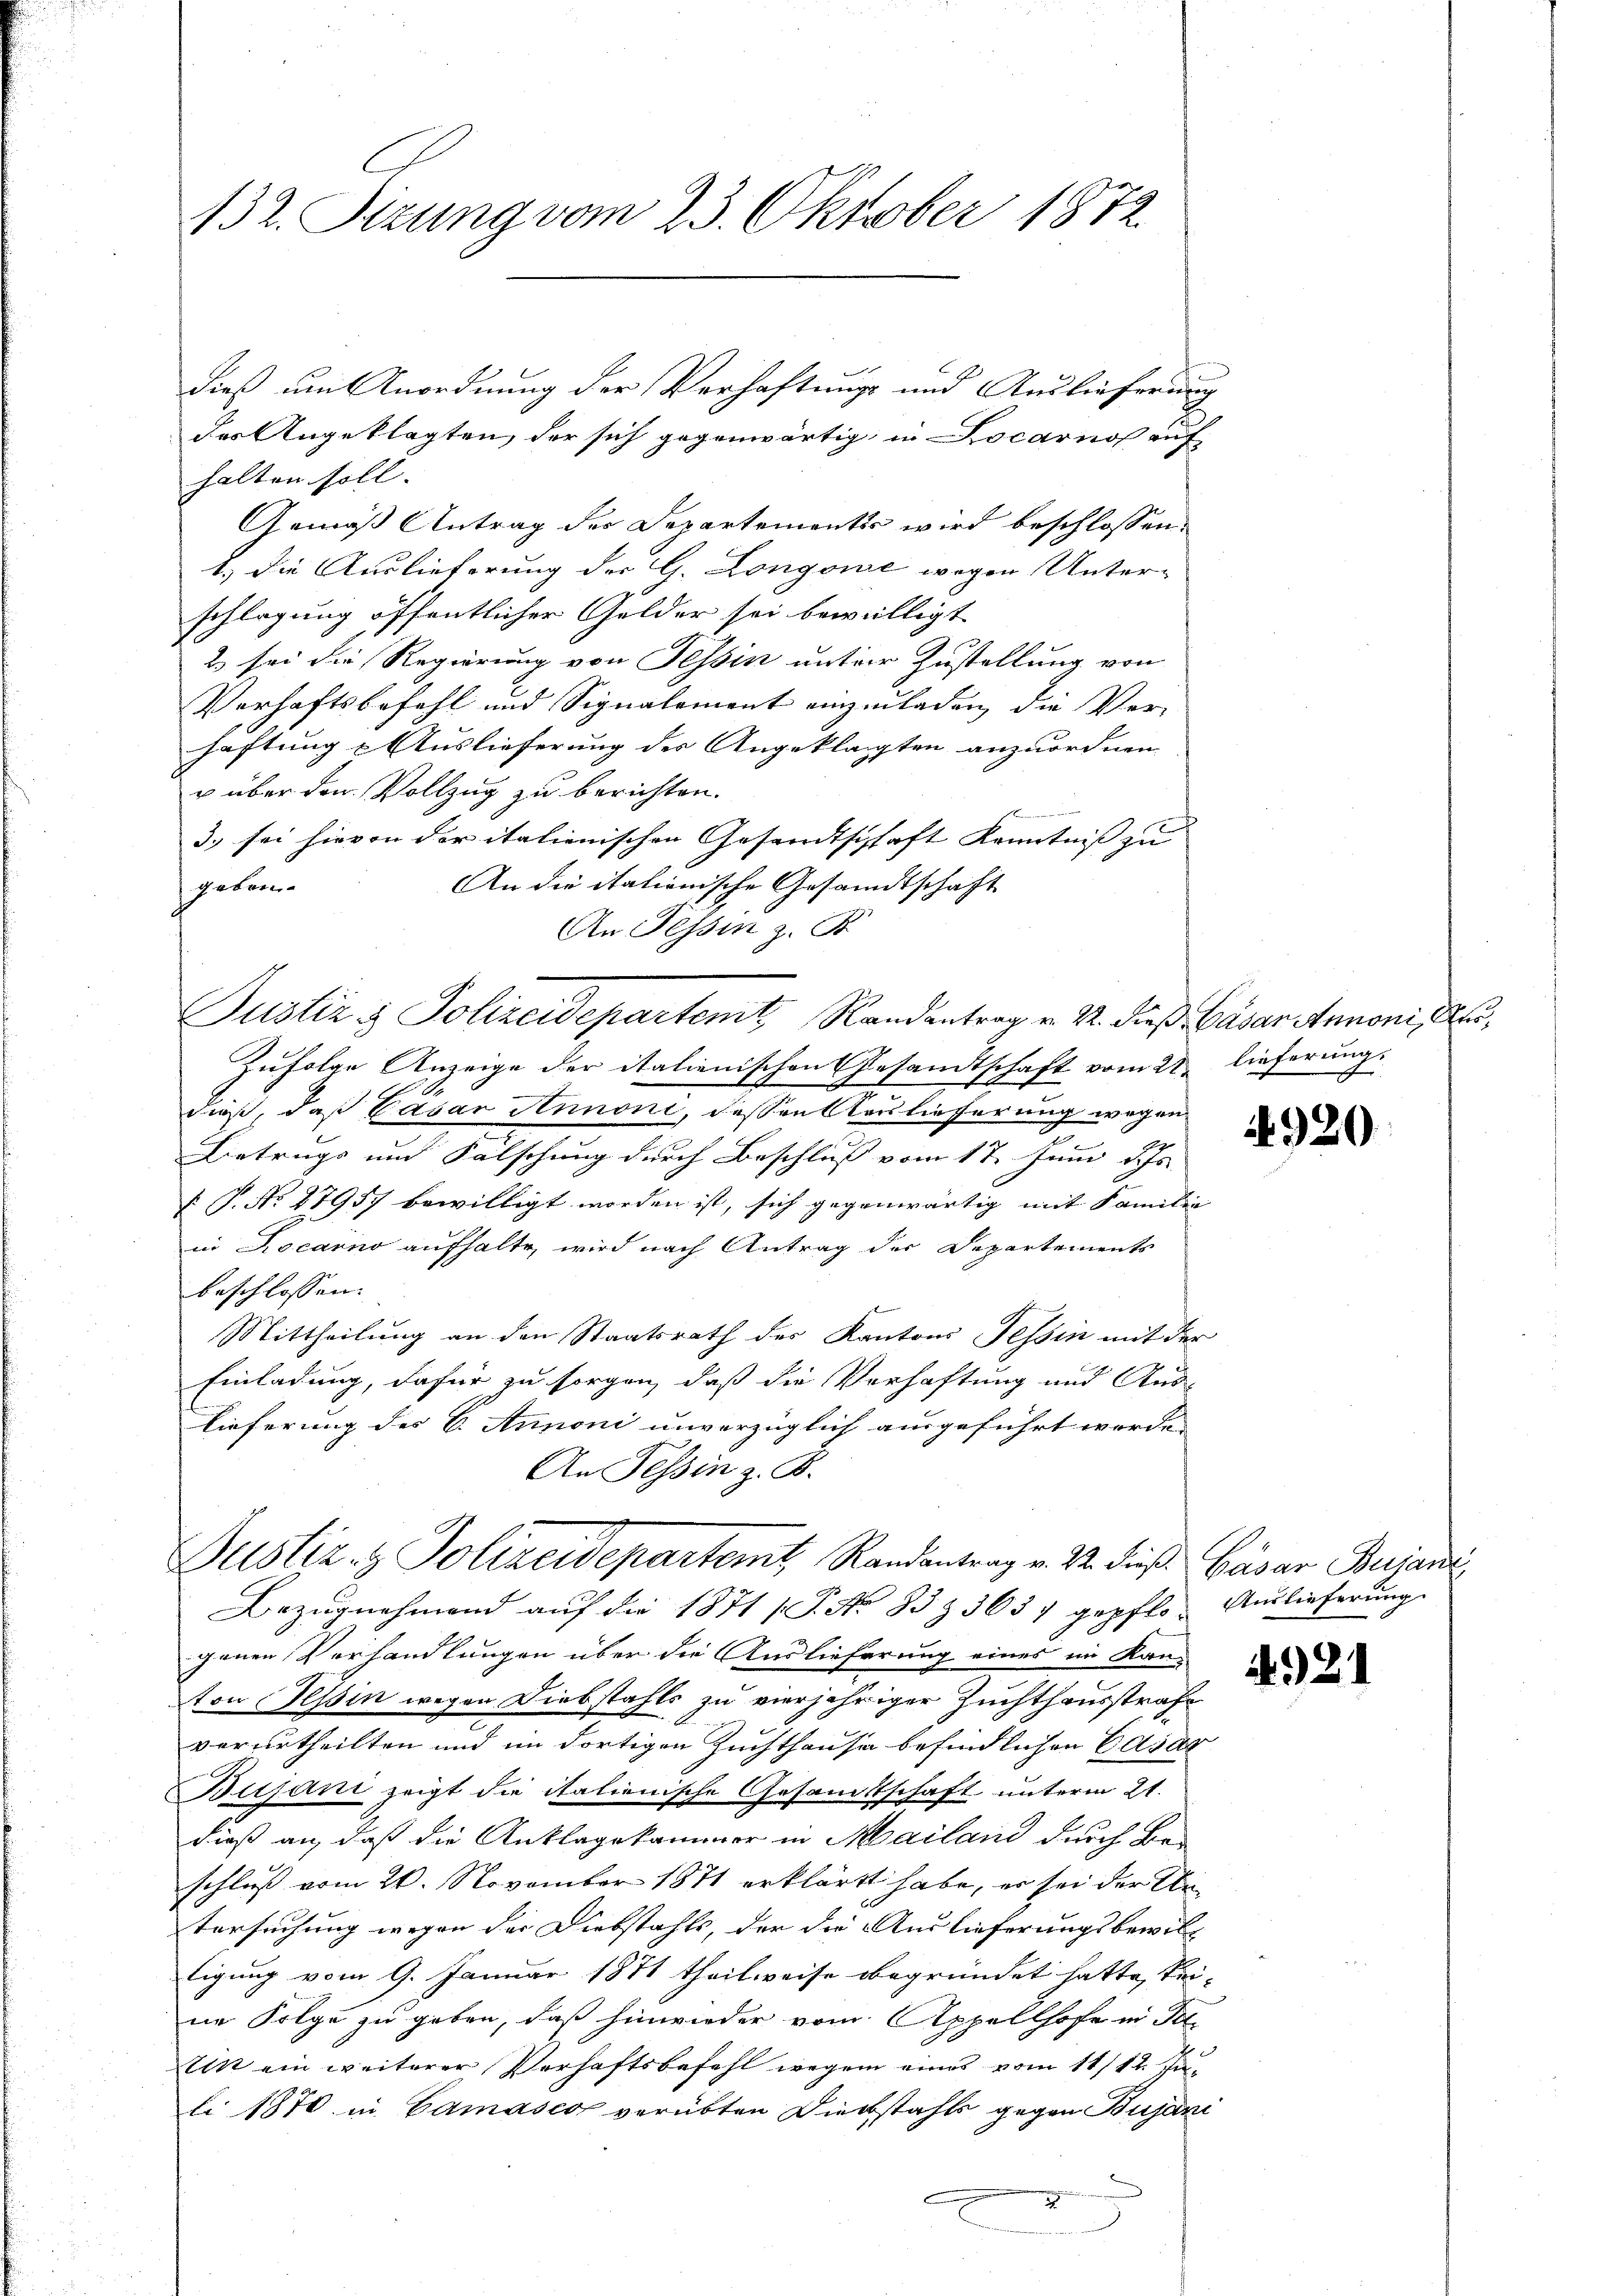
132. Sitzung vom 23. Oktober 1872.

des Angeklagten, der sich gegenwärtig, in Locarno auf
halten soll. |
Gemäß Antrag des Departementis wird beschlossen:
1.) Die Auslieferung der G. Longone wegen Unter-
schlagung öffentlicher Gelder sei bewilligt
2 sei die Regierung von Tessin unter Zustellung von
Verhaftsbefehl und Signalement einzuladen, die Verhäftung & Auslieferung des Angeklagten anzuordnen.
u über den Vollzug zu berichten.
innern einer
3. sei hievon der italienischen Gesandtschaft Kenntniss zu |
An die itationische Gesandtschaft
gekom¬
An Tessin z. B.
Justiz & Polizeidepartemt Randantrag v. 22. dieß Cäsar Annoni, Mei¬
Zufolge Anzeige der italienischen Gesandtschaft vom 22. lieferung.
dieß, daß Casar Annoni, dessen Neulieferung wegen
Betrugs und Falschung durch Beschluß vom 17. Juni d. Js.
 P. No. 27957 bewilligt worden ist, sich gegenwärtig mit Familie
in Locarno aufhalte, wird nach Antrag der Departements
beschlossen.
Mittheilung an den Staatsrath des Kantons Tessin mit der
Einladung, dafür zu sorgen, daß die Vorhaftung und Auslieferung des B. Annoni unvorzüglich ausgeführt worde.
An Tessin z. B.
Justiz- & Polizeidepartemt, Randantrag v. M. dieß Cäsar Bujardi,
Bezugnahmend auf die 1871 f. P. Nr. 333 3637 gepflo- Auslieferung.
genen Verhandlungen über die Auslieferung eines im Kan-
ton Hessin wegen Diebstahls zu vierjähriger Zuchthausstrafe
verurtheilten und im dortigen Zuchthause befindlichen Gasar
Bijani zeigt die italienische Gesandtschaft unterm 21.
dieß an, daß die Anklagekammer in Mailand durch Be-
schluß vom 20. November 1871 erklärt habe, er sei der Untersuchung wegen der Diebstahls, der die Auslieferungsbewill
tigung vom 9. Januar 1871 theilweise begründet hatte, kei-
ne Folge zu geben, daß hinwieder vom Appellhofe in Te
Titt ein weiterer Verhaftsbefehl wegen eines vom 11/12. Juli 1870 in Camasco verübten Diebstahls gegen Bujani
)

dieß um Anordnung der Verhaftungs und Auslieferung

4920.

4921